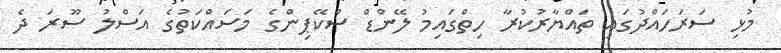
މުޅި ސަރަހައްދުގައި ތައްޔާރުކުރާ ހިތްގައިމު ލޭންޑް ސްކޭޕިންގެ މަސައްކަތުގެ އަސްލު ސޫރަ ދެ